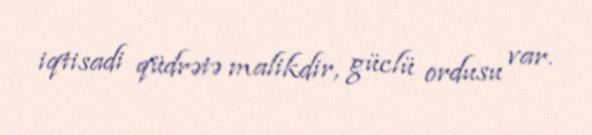
iqtisadi qüdrətə malikdir, güclü ordusu var.